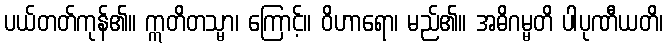
ပယ်တတ်ကုန်၏။ ဣတိတသ္မာ၊ ကြောင့်။ ဝိဟာရော၊ မည်၏။ အဓိဂမ္မတိ ပါပုဏီယတိ၊